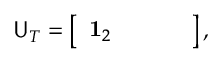
{ \sf U } _ { T } = \left[ \begin{array} { c c c c } { \mathbf { 1 } _ { 2 } } & { } & { } & { } \end{array} \right] ,